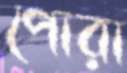
পোরা